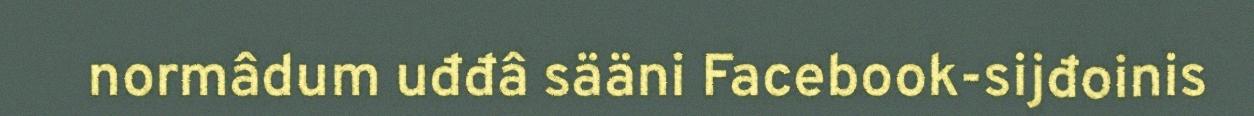
normâdum uđđâ sääni Facebook-sijđoinis